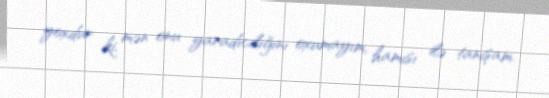
yoxdur ki, mən onu yaradıcılığını oxumayım, hamısı ilə tanışam.